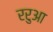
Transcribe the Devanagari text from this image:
ररुआ